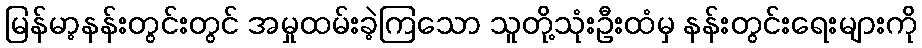
မြန်မာ့နန်းတွင်းတွင် အမှုထမ်းခဲ့ကြသော သူတို့သုံးဦးထံမှ နန်းတွင်းရေးများကို